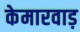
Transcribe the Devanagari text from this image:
केमारवाड़